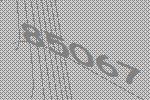
85067